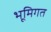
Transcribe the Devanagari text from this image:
भूमिगत